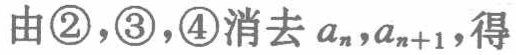
由\textcircled{2}，\textcircled{3}，\textcircled{4}消去 \(a_{n},a_{n + 1}\)，得